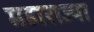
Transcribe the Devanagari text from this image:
महाराज्या